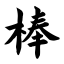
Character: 棒